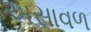
અસાવળ